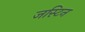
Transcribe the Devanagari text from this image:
जस्‍टिन